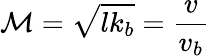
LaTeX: \mathcal{M}=\sqrt{lk_{b}}=\frac{v}{v_{b}}